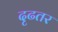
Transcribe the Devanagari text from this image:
दृढतर